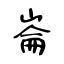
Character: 崙